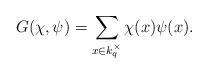
LaTeX: \begin{align*} G(\chi,\psi)=\sum_{x\in k_{q}^{\times}}\chi(x)\psi(x).\end{align*}